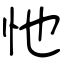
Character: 忚